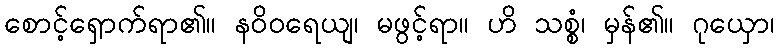
စောင့်ရှောက်ရာ၏။ နဝိဝရေယျ၊ မဖွင့်ရာ။ ဟိ သစ္စံ၊ မှန်၏။ ဂုယှော၊